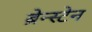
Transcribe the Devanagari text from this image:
ब्रेन्स्टेन